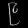
Digit: ၉